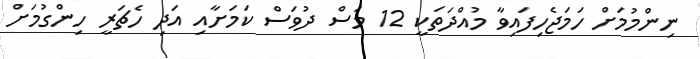
ނިންމުމަށް ހަމަޖެހިފައިވާ މުއްދަތަކީ 12 މަސް ދުވަސް ކަމަށާއި އަދި ހެޗަރީ ހިންގުމަށް